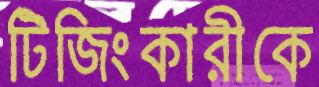
টিজিংকারীকে